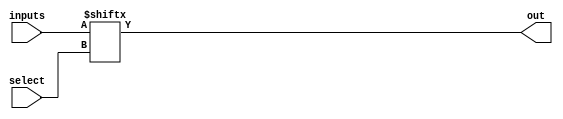
module multiplexer_1024_1(
    input [1023:0] inputs,
    input [9:0] select,
    output reg out
);

always @(*)
begin
    out = inputs[select];
end

endmodule